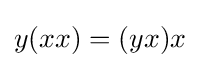
y(xx)=(yx)x